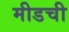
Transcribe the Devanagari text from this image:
मीडची